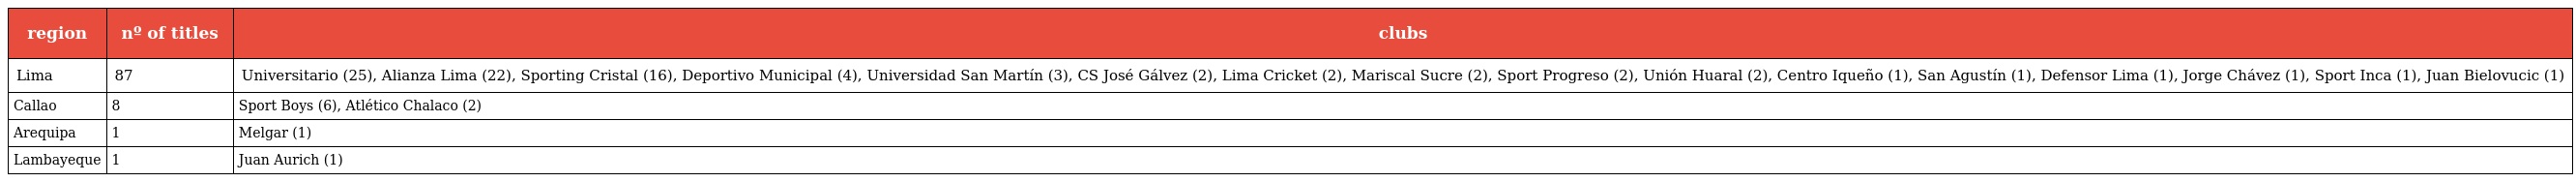
| region | nº of titles | clubs |
 | --- | --- | --- |
 | Lima | 87 | Universitario (25), Alianza Lima (22), Sporting Cristal (16), Deportivo Municipal (4), Universidad San Martín (3), CS José Gálvez (2), Lima Cricket (2), Mariscal Sucre (2), Sport Progreso (2), Unión Huaral (2), Centro Iqueño (1), San Agustín (1), Defensor Lima (1), Jorge Chávez (1), Sport Inca (1), Juan Bielovucic (1) |
 | Callao | 8 | Sport Boys (6), Atlético Chalaco (2) |
 | Arequipa | 1 | Melgar (1) |
 | Lambayeque | 1 | Juan Aurich (1) |